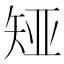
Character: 𪿊